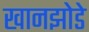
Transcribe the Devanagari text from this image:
खानझोडे